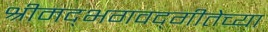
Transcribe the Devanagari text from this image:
श्रीमद्‌भगवद्‌गीतेच्या